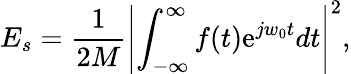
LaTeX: E_{s}=\frac{1}{2M}\left|\int_{-\infty}^{\infty}f(t)\mathrm{e}^{jw_{0}t}dt\right|^{2},